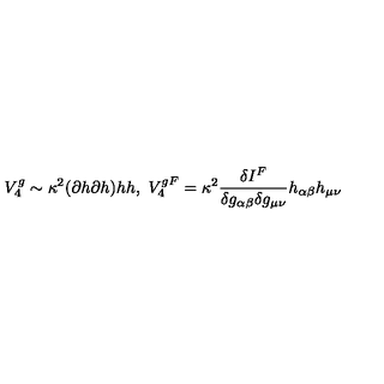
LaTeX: V _ { 4 } ^ { g } \sim \kappa ^ { 2 } ( \partial h \partial h ) h h , \ V _ { 4 } ^ { g F } = \kappa ^ { 2 } \frac { \delta I ^ { F } } { \delta g _ { \alpha \beta } \delta g _ { \mu \nu } } h _ { \alpha \beta } h _ { \mu \nu }